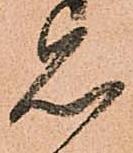
見